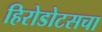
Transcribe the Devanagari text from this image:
हिरोडोटसचा